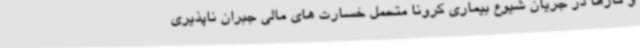
و کارها در جریان شیوع بیماری کرونا متحمل خسارت های مالی جبران ناپذیری